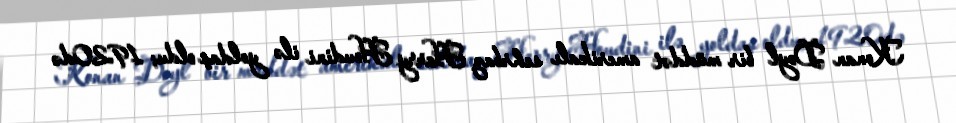
Konan Doyl bir müddət amerikalı sehrbaz Harry Houdini ilə yoldaş oldu; 1920də